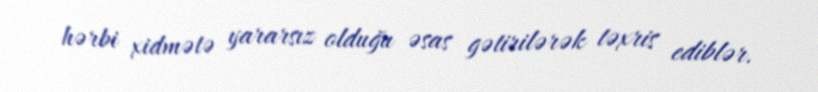
hərbi xidmətə yararsız olduğu əsas gətirilərək təxris ediblər.